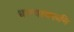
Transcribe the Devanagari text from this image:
धाग्यावरुनि